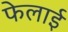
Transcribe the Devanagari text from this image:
फेलाई